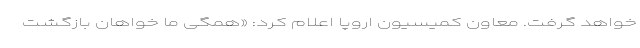
خواهد گرفت. معاون کمیسیون اروپا اعلام کرد: «همگی ما خواهان بازگشت